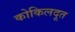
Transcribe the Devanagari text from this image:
कोकिलदूत